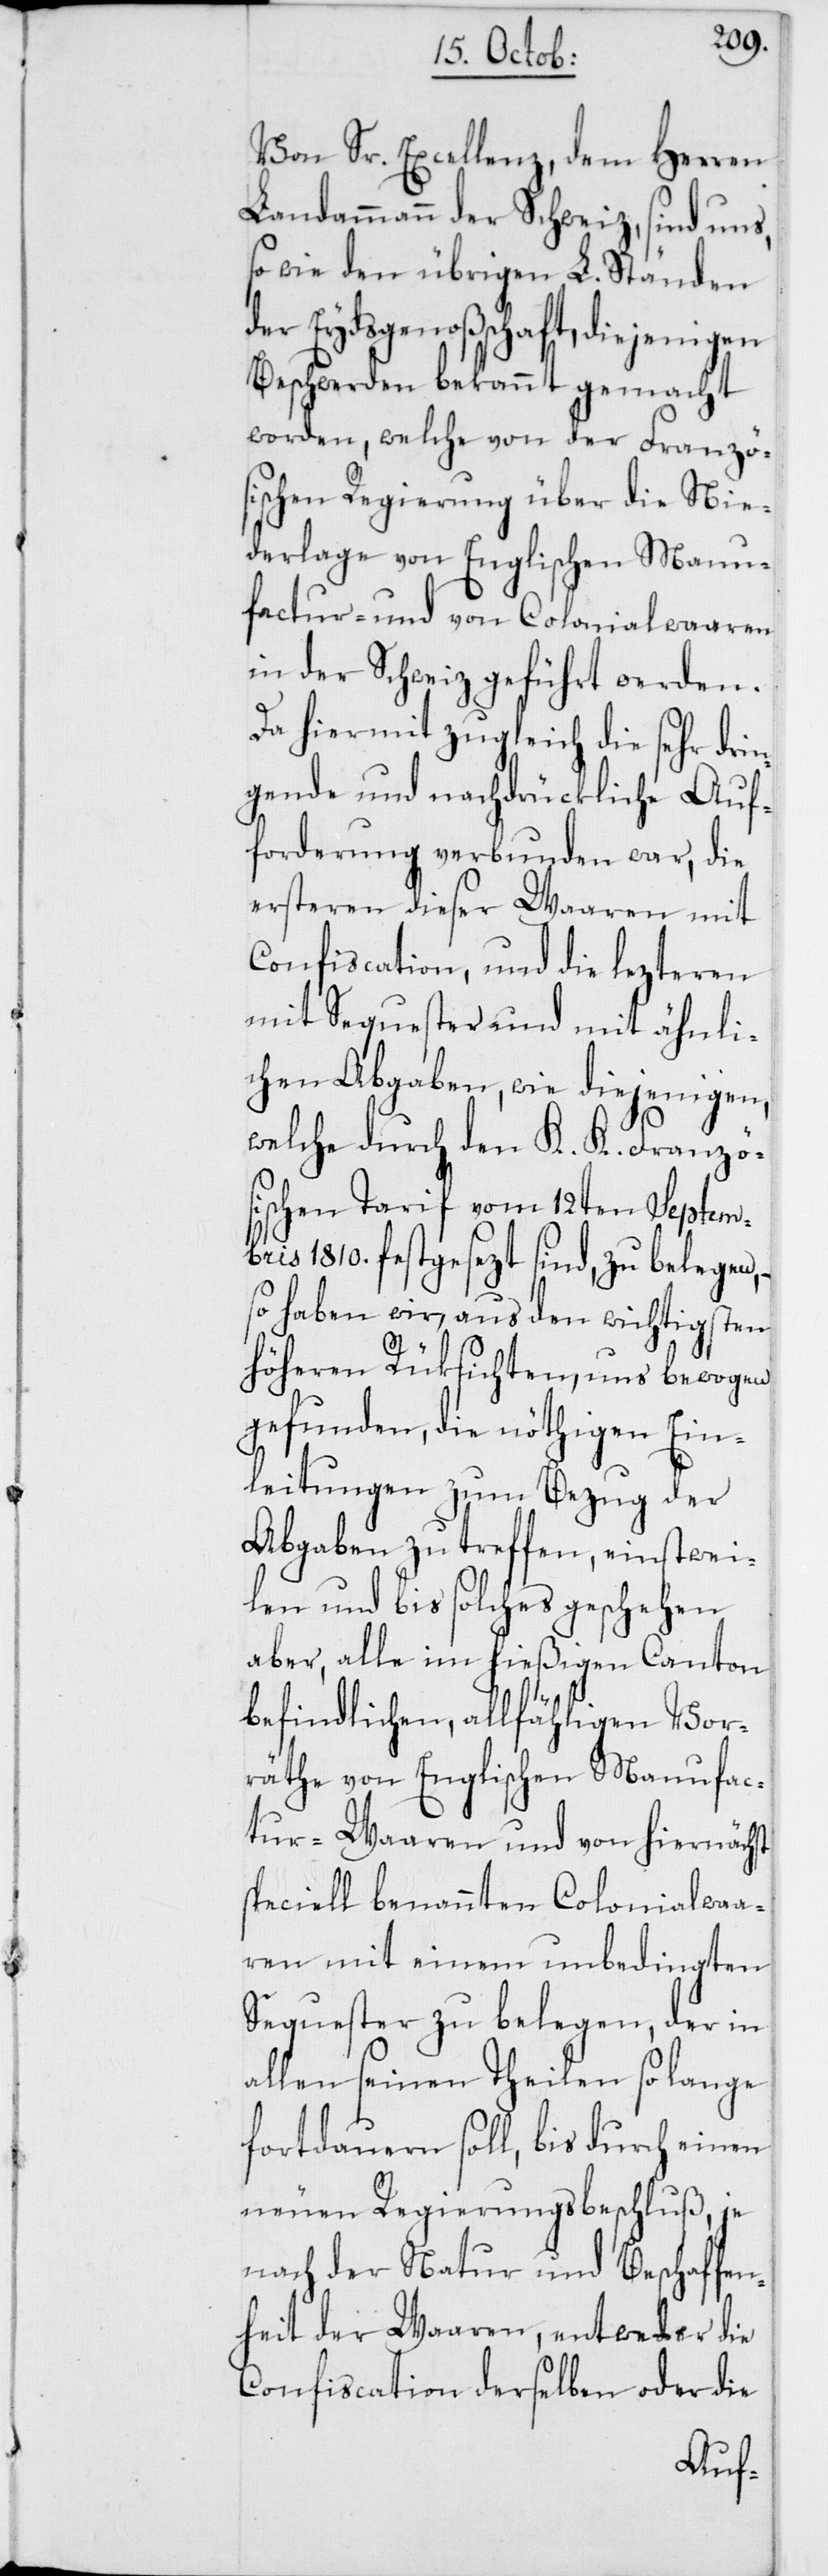
Von Sr. Excellenz, dem Herren
Landammann der Schweiz, sind uns,
so wie den übrigen L. Ständen
der Eydsgenoßenschaft, diejenigen
Beschwerden bekannt gemacht
worden, welche von der Französ¬
ischen Regierung über die Nie¬
derlage von Englischen Manu¬
factur- und von Colonialwaaren
in der Schweiz geführt werden.
Da hiermit zugleich die sehr drin¬
gende und nachdrückliche Auf¬
forderung verbunden war, die
ersteren dieser Waaren mit
Confiscation, und die lezteren
mit Sequester und mit ähnli¬
chen Abgaben, wie diejenigen,
welche durch den K. K. Französ¬
ischen Tarif vom 12ten Septem¬
ber 1810. festgesezt sind, zu belegen,
so haben wir, aus den wichtigsten
höheren Rüksichten, uns bewogen
gefunden, die nöthigen Ein¬
leitungen zum Bezug der
Abgaben zu treffen, einstwei¬
len und bis solches geschehen
aber, alle im hießigen Canton
befindlichen allfähligen Vor¬
räthe von Englischen Manufac¬
tur-Waaren und von hiernächst
speciell benannten Colonialwaa¬
ren mit einem unbedingten
Sequester zu belegen, der in
allen seinen Theilen so lange
fortdauern soll, bis durch einen
neuen Regierungsbeschluß, je
nach der Natur und Beschaffen¬
heit der Waaren, entweder die
Confiscation derselben oder die